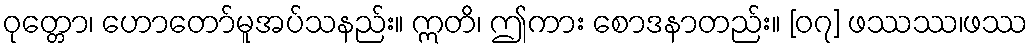
ဝုတ္တော၊ ဟောတော်မူအပ်သနည်း။ ဣတိ၊ ဤကား စောဒနာတည်း။ [၀၇] ဖဿဿ၊ဖဿ